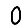
Digit: 0